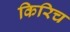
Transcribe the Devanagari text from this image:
किरिच